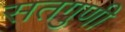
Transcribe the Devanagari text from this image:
सतगुणी